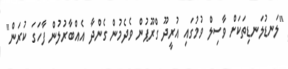
"ލަނޑުލަނޑިތަކަށް ވާސިލް ވުމުގައި އުރީދޫ ގްރޫޕުން ވެދެމުން ގެންދާ އެއްބާރުލުން ފާހަގަ ކުރަން"